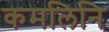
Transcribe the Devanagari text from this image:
कमलिनि